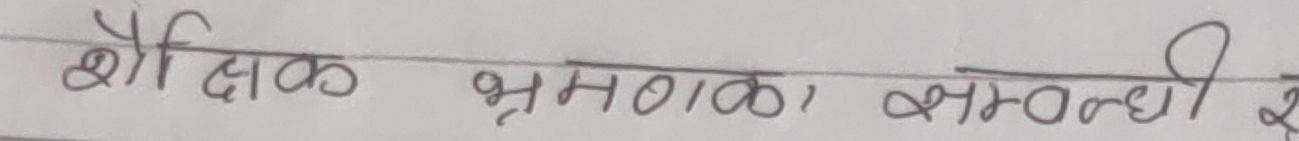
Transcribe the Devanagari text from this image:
शैक्षिक भ्रमणका सम्वन्धी